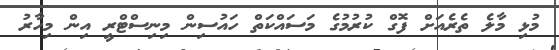
މުޅި މާލެ ތެރެއަށް ފޮގް ކުރުމުގެ މަސައްކަތް ހައުސިން މިނިސްޓްރީ އިން މިހާރު